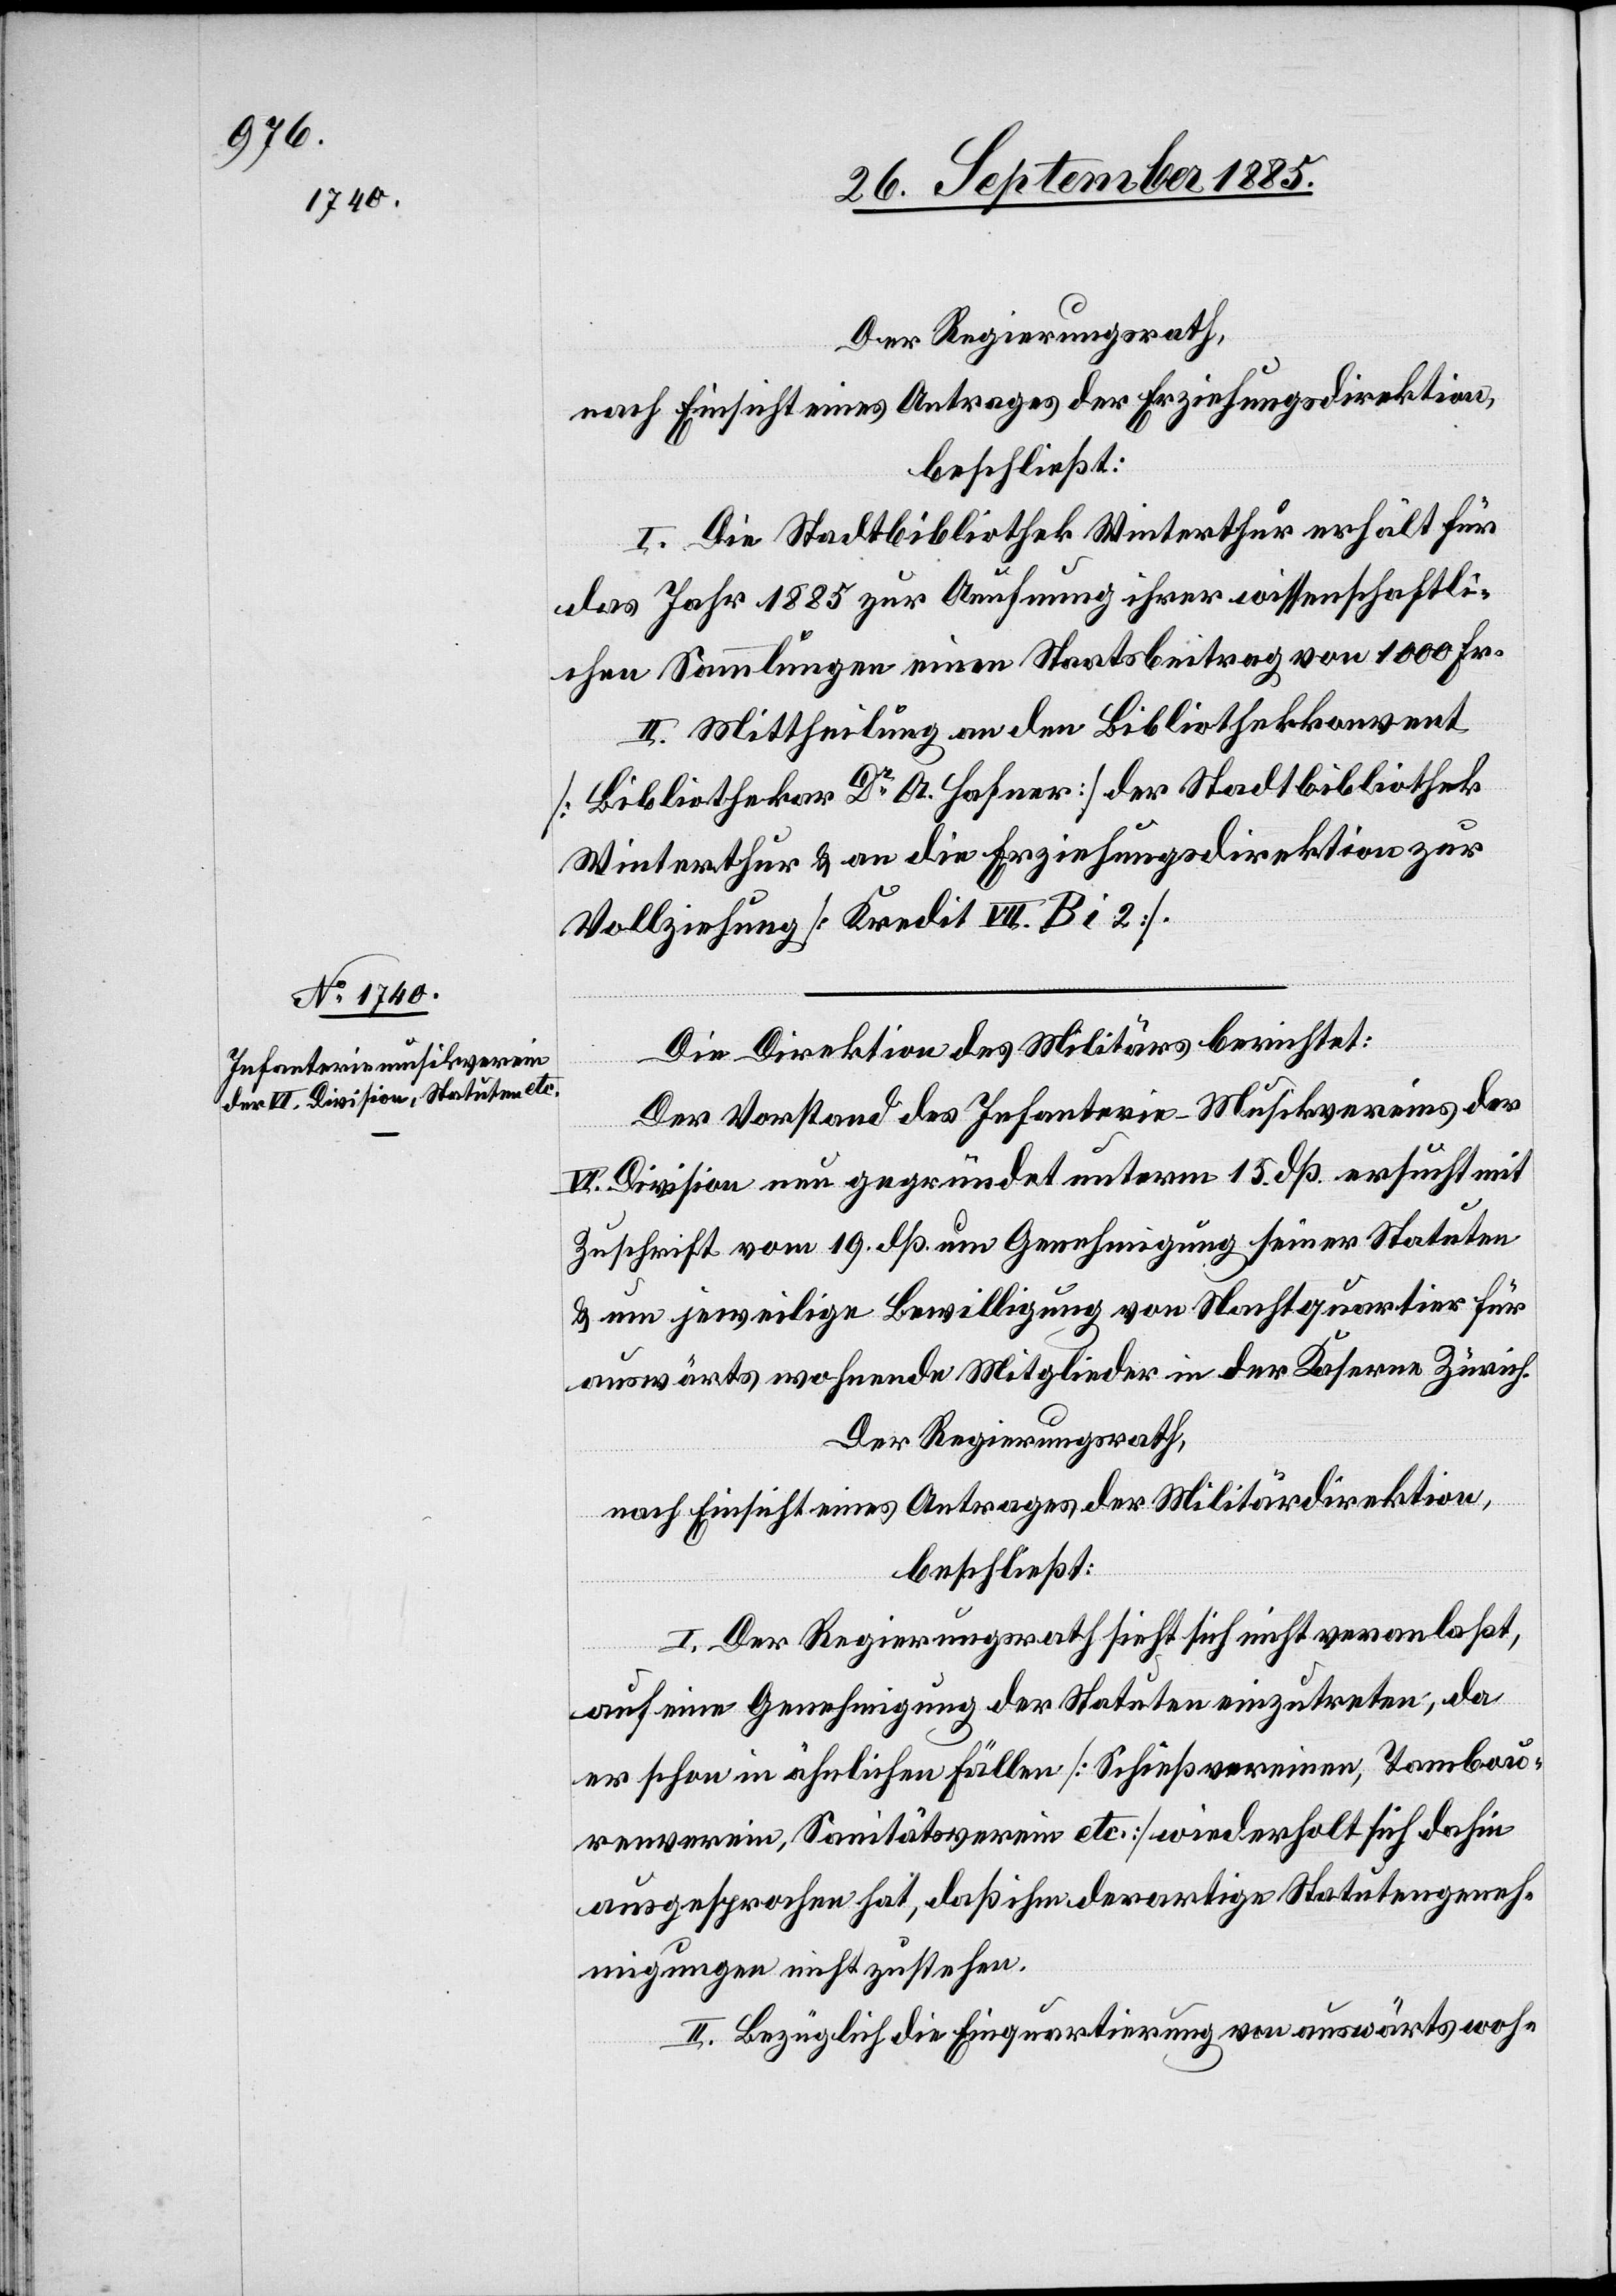
Der Regierungsrath,
nach Einsicht eines Antrages der Erziehungsdirektion,
beschließt:
I. Die Stadtbibliothek Winterthur erhält für
das Jahr 1885 zur Aeufnung ihrer wissenschaftli¬
chen Sammlungen einen Staatsbeitrag von 1000 Fr.
II. Mittheilung an den Bibliothekkonvent
[Bibliothekar Dr A. Hafner] der Stadtbibliothek
Winterthur & an die Erziehungsdirektion zur
Vollziehung [Kredit VII. B i 2].
Die Direktion des Militärs berichtet:
Der Vorstand des Infanterie-Musikvereins der
VI. Division neu gegründet unterm 15. dß. ersucht mit
Zuschrift vom 19. dß. um Genehmigung seiner Statuten
& um jeweilige Bewilligung von Nachtquartier für
auswärts wohnende Mitglieder in der Kaserne Zürich.
Der Regierungsrath,
nach Einsicht eines Antrages der Militärdirektion,
beschließt:
I. Der Regierungsrath sieht sich nicht veranlaßt,
auf eine Genehmigung der Statuten einzutreten, da
er schon in ähnlichen Fällen [Schießvereinen, Tambou¬
renverein, Sanitätsverein etc.] wiederholt sich dahin
ausgesprochen hat, daß ihm derartige Statutengeneh¬
migungen nicht zustehen.
II. Bezüglich die Einquartierung von auswärtswoh-